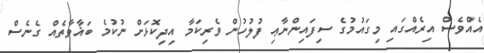
އެއްވެސް އިރެއްގައި މިގައުމުގެ ސިފައިންނާޢި ފުލުހުން ވެރިކަމާ އިދިކޮޅަށް ނުކުމެ ބަޣާވާތެއް ގެނެސް